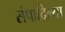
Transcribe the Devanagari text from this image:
संपादिल्या